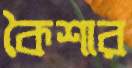
কৈশার